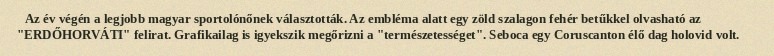
Az év végén a legjobb magyar sportolónőnek választották. Az embléma alatt egy zöld szalagon fehér betűkkel olvasható az "ERDŐHORVÁTI" felirat. Grafikailag is igyekszik megőrizni a "természetességet". Seboca egy Coruscanton élő dag holovid volt.